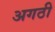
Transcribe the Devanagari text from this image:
अगठी